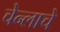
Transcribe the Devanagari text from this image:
चेन्लाचे